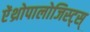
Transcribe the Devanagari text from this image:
ऐंथ्रोपालोजिस्ट्स्